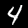
Label: 4